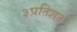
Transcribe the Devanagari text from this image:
३प्रतिशत